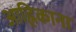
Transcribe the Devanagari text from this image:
आह्निकाना